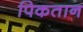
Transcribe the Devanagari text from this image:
पिकतान